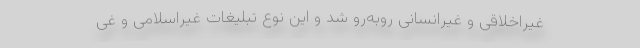
غیراخلاقی و غیرانسانی روبه‌رو شد و این نوع تبلیغات غیراسلامی و غی